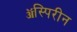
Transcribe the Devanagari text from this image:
ॲस्पिरीन